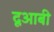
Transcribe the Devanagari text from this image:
दूआबी